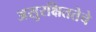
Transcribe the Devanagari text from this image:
असुरक्षिततेचे